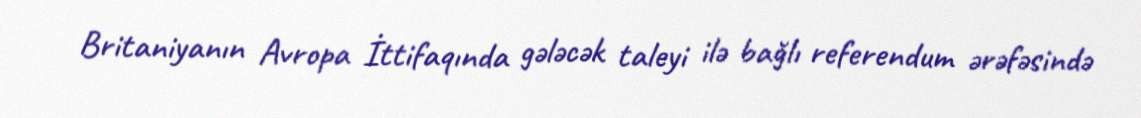
Britaniyanın Avropa İttifaqında gələcək taleyi ilə bağlı referendum ərəfəsində